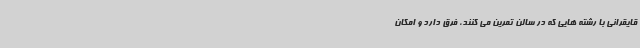
قایقرانی با رشته هایی که در سالن تمرین می کنند، فرق دارد و امکان